Annual report of lunatic asylums [Bombay] - 1912-1922
Year: 1912
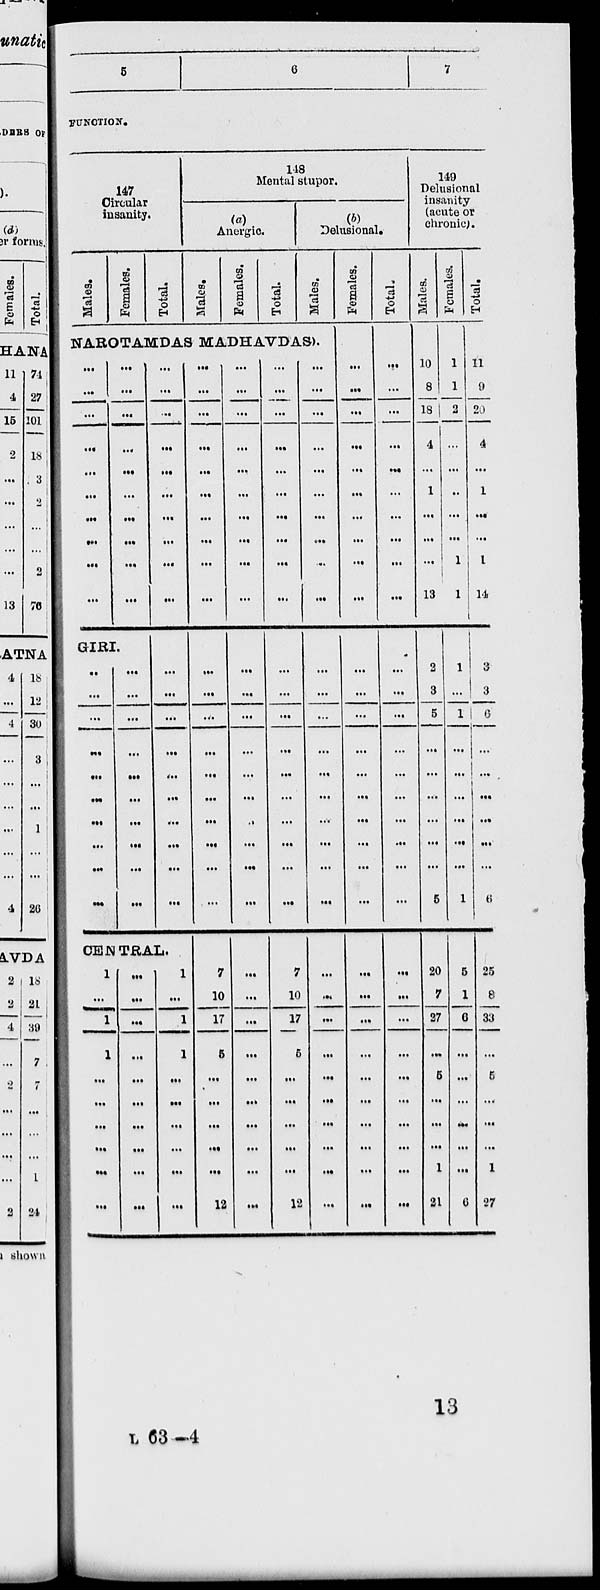
5
6
7
FUNCTION.
147
Circular
insanity.
Males.
Females.
Total.
148
Mental stupor.
(a)
Anergic.
Males.
Females.
Total.
(b)
Delusional.
Males.
NAROTAMDAS MADHAVDAS).
...
...
...
...
...
...
...
...
...
...
...
...
...
...
...
...
...
...
...
...
GIRI.
...
...
...
...
...
...
...
...
...
...
...
...
...
...
...
...
...
...
...
...
...
...
...
...
...
...
...
...
...
...
...
...
...
...
...
...
...
...
...
...
CENTRAL.
1
...
1
1
...
...
...
...
...
...
...
...
...
...
...
...
...
...
...
...
1
...
1
1
...
...
...
...
...
...
...
...
...
...
...
...
...
...
...
...
...
...
...
...
...
...
...
...
...
...
7
10
17
5
...
...
...
...
...
12
...
...
...
...
...
...
...
...
...
...
...
...
...
...
...
...
...
...
...
...
...
...
...
...
...
...
...
...
...
...
...
...
...
...
...
...
...
...
...
...
...
...
...
...
...
...
...
...
...
...
7
10
17
5
...
...
...
...
...
12
...
...
...
...
...
...
...
...
...
...
...
...
...
...
...
...
...
...
...
...
...
...
...
...
...
...
...
...
...
...
Females.
...
...
...
...
...
...
...
...
...
...
...
...
...
...
...
...
...
...
...
...
...
...
...
...
...
...
...
...
...
...
Total.
...
...
...
...
...
...
...
...
...
...
...
...
...
...
...
...
...
...
...
...
...
...
...
...
...
...
...
...
...
....
149
Delusional
insanity
(acute or
chronic).
Males.
10
8
18
4
...
1
...
...
...
13
2
3
5
...
...
...
...
...
...
5
20
7
27
...
5
...
...
...
1
21
Females.
1
1
2
...
...
...
...
...
1
1
1
...
1
...
...
...
...
...
...
1
5
1
6
...
...
...
...
...
...
6
Total.
11
9
20
4
...
1
...
...
1
14
3
3
6
...
...
...
...
...
...
6
25
8
33
...
5
...
...
...
1
27
L 63—4
13